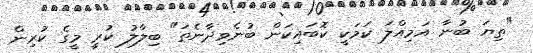
"ތިޔަ ބުނާ އަމިއްލަ ކަމަކީ ކޮބައިކަން ބުނެވިދާނެތަ" ބިލާލު ކުރީ މީގެ ކުރިން